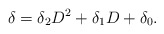
\begin{align*}\delta = \delta_2 D^2 + \delta_1 D + \delta_0. \end{align*}